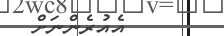
އެއުރެންނަށް